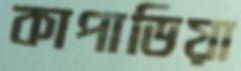
কাপাডিয়া